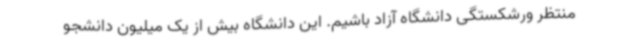
منتظر ورشکستگی دانشگاه آزاد باشیم. این دانشگاه بیش از یک میلیون دانشجو